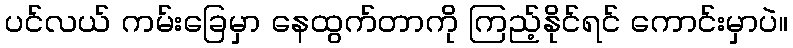
ပင်လယ် ကမ်းခြေမှာ နေထွက်တာကို ကြည့်နိုင်ရင် ကောင်းမှာပဲ။